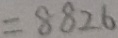
= 8 8 2 6